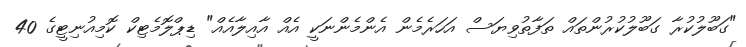
"ގަބޫލުކުރާ ގަބޫލުކުރުންތައް ތަފާތުވިޔަސް އަހަރެެމެން އެންމެންނަކީ އެއް އާއިލާއެއް" ޑިޕްލޮމެޓިކް ކޮމިއުނިޓީގެ 40